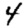
Digit: 4